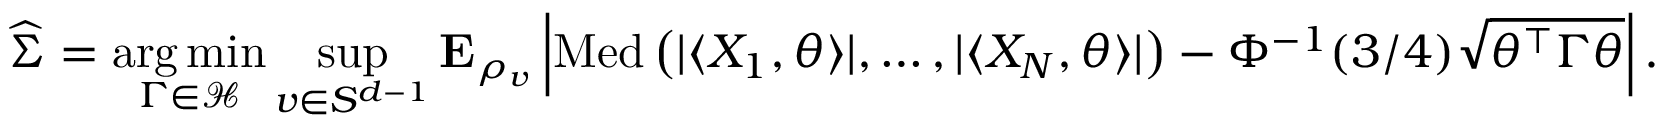
\widehat { \Sigma } = \mathop { \mathrm { a r g } \, \mathrm { m i n } } _ { \Gamma \in \mathcal { H } } \operatorname* { s u p } _ { v \in S ^ { d - 1 } } { \mathbf E } _ { \rho _ { v } } \left| \operatorname { M e d } \left( | \langle X _ { 1 } , \theta \rangle | , \ldots , | \langle X _ { N } , \theta \rangle | \right) - \Phi ^ { - 1 } ( 3 / 4 ) \sqrt { \theta ^ { \top } \Gamma \theta } \right| .